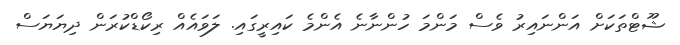
ޝޫޓްތަކަށް އަންނައިރު ވެސް މަންމަ ހުންނާނެ އެންމެ ކައިރީގައި. ލަވައެއް ރިކޯޑްކުރަން ދިޔަޔަސް